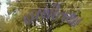
હાથીતથા